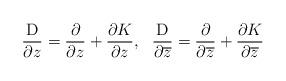
LaTeX: \begin{align*} \frac{\rm{D}}{\partial z}=\frac{\partial }{\partial z}+\frac{\partial K}{\partial z},~~\frac{\rm{D}}{\partial \overline{z}}=\frac{\partial }{\partial \overline{z}}+\frac{\partial K}{\partial \overline{z}}\end{align*}